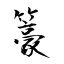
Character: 籇